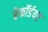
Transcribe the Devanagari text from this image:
रेकॉर्डवर